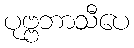
ပုဗ္ဗဘာသီပေ